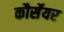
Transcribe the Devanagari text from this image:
कौर्सेयर